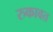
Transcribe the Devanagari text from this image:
रुकावत